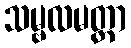
သမ္ဗလမတ္တာ